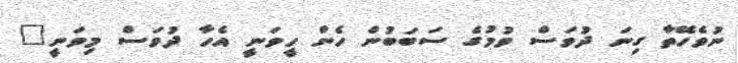
ނުވެހޭތާ ގިނަ ދުވަސް ވުމުގެ ސަބަބުން ހެން ހީވަނީ އެހާ ދުވަސް މިވަނީ"